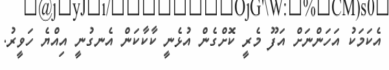
އެކަމަކު އަހަންނަށް އަފޫ މެރީ ކޮށްގެން އުޅެނީ ކާކާކަން އެނގުނީ އިއްޔެ ހަވީރު.